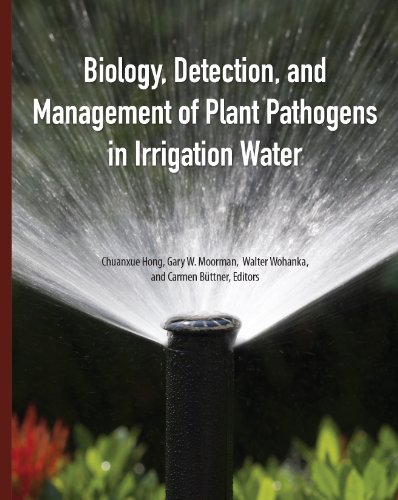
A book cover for Biology, Detection, and Management of Plant Pathogens in Irrigation Water; Chuanxue Hong; Science & Math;